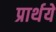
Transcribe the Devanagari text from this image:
प्रार्थये